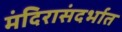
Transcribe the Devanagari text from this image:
मंदिरासंदर्भात